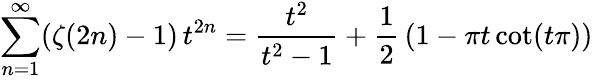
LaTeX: \sum_{n=1}^{\infty}(\zeta(2n)-1)\, t^{2n}={\frac{t^{2}}{t^{2}-1}}+{\frac{1}{2}}\left(1-\pi t\cot(t\pi)\right)